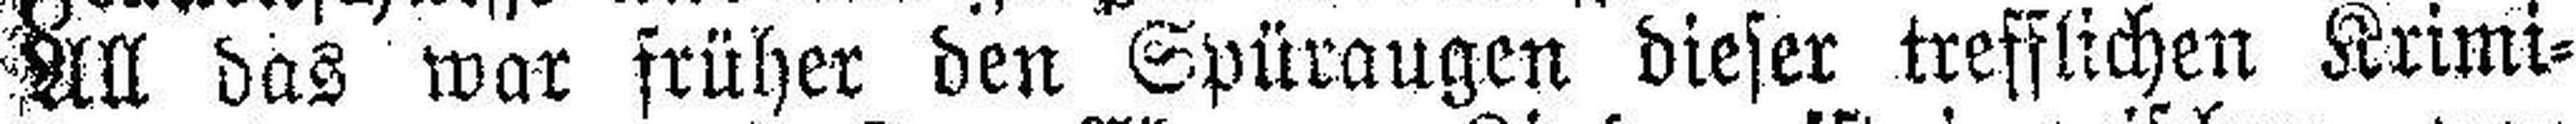
All das war früher den Spüraugen dieser trefflichen Krimi¬